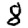
Digit: 8